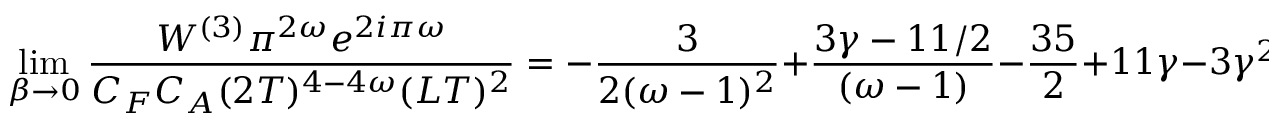
\operatorname * { l i m } _ { \beta \to 0 } { \frac { { \cal W } ^ { ( 3 ) } \pi ^ { 2 \omega } e ^ { 2 i \pi \omega } } { C _ { F } C _ { A } ( 2 T ) ^ { 4 - 4 \omega } ( L T ) ^ { 2 } } } = - { \frac { 3 } { 2 ( \omega - 1 ) ^ { 2 } } } + { \frac { 3 \gamma - 1 1 / 2 } { ( \omega - 1 ) } } - { \frac { 3 5 } { 2 } } + 1 1 \gamma - 3 \gamma ^ { 2 } + { \frac { \pi ^ { 2 } } { 1 2 } } + { \cal O } ( \omega - 1 ) \ .